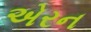
એરન